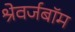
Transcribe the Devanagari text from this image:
श्रेवर्जबॉम